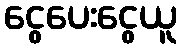
ငွေပေးငွေယူ